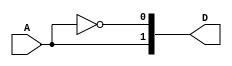
module decoder(A, D);
input A;
output [1:0] D;

assign D[0] = ~A;
assign D[1] = A;
endmodule